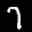
Label: 7